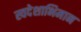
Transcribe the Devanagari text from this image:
स्वदेशाभिमान